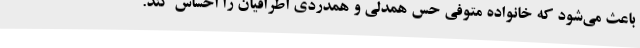
باعث می‌شود که خانواده متوفی حس همدلی و همدردی اطرافیان را احساس کند.